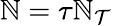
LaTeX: \mathbb{N}=\tau\mathbb{N}_{\mathcal{{T}}}